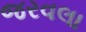
જરવલા